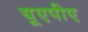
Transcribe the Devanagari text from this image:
यूएपीए